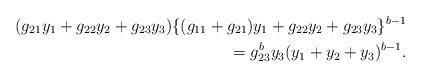
LaTeX: \begin{align*}(g_{21}y_1+g_{22}y_2+g_{23}y_3)\{(g_{11}+g_{21})y_1+g_{22}y_2+g_{23}y_3\}^{b-1}\\=g_{23}^{b}y_3(y_1+y_2+y_3)^{b-1}.\end{align*}